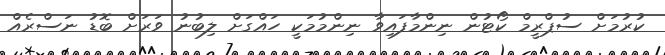
ކުރުމަށް ސުޕްރީމް ކޯޓުން ނިންމާފައިވާ ނިންމުމަކީ ހައްގަށް ލިބުނު ވަރަށް ބޮޑު ނަސްރެއް